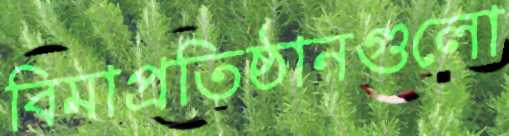
বিমাপ্রতিষ্ঠানগুলো